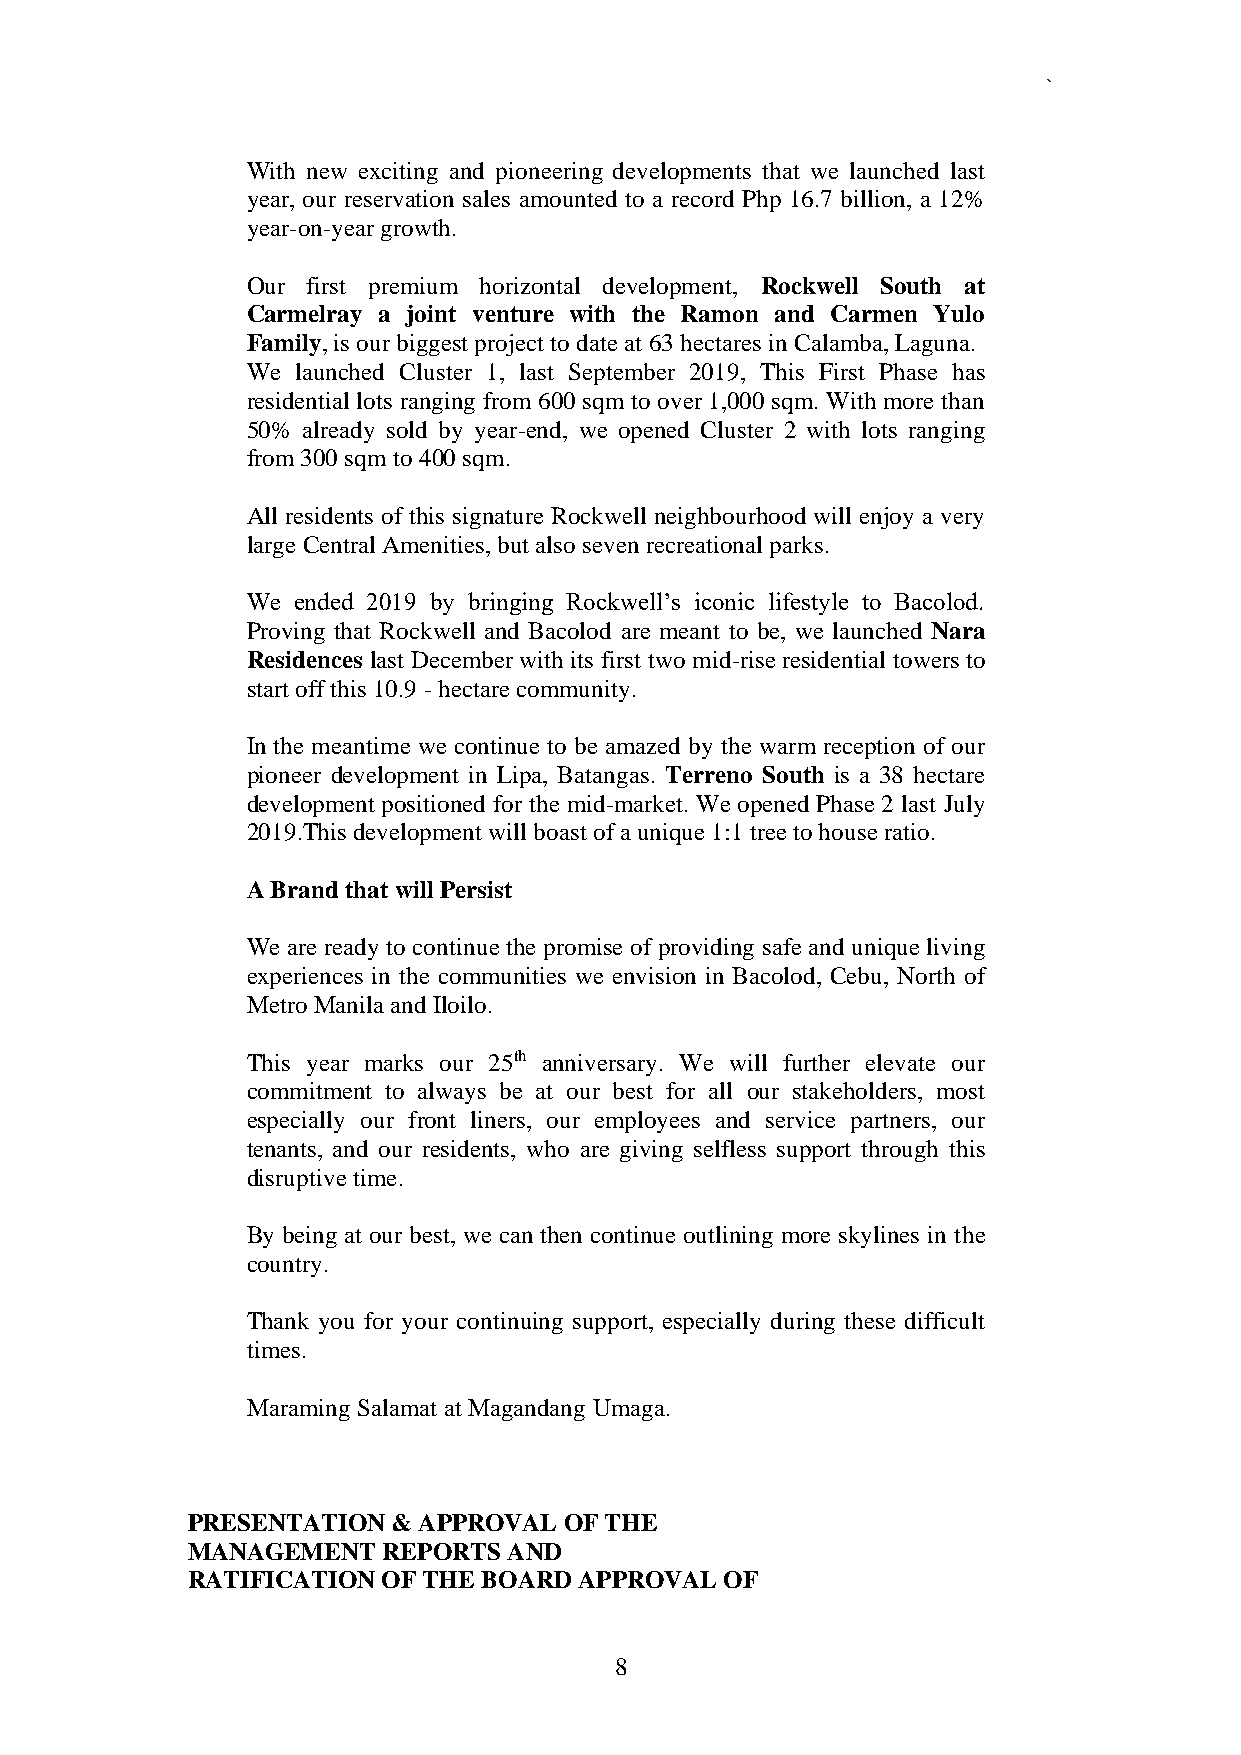
`
 With new exciting and pioneering developments that we launched last
 year, our reservation sales amounted to a record Php 16.7 billion, a 12%
 year-on-year growth.
 Our first premium horizontal development, Rockwell South at
 Carmelray a joint venture with the Ramon and Carmen Yulo
 Family, is our biggest project to date at 63 hectares in Calamba, Laguna.
 We  launched Cluster 1, last September 2019, This First Phase has
 residential lots ranging from 600 sqm to over 1,000 sqm. With more than
 50% already sold by year-end, we opened Cluster 2 with lots ranging
 from 300 sqm to 400 sqm.
 All residents of this signature Rockwell neighbourhood will enjoy a very
 large Central Amenities, but also seven recreational parks.
 We ended 2019 by bringing Rockwell’s iconic lifestyle to Bacolod.
 Proving that Rockwell and Bacolod are meant to be, we launched Nara
 Residences last December with its first two mid-rise residential towers to
 start off this 10.9 - hectare community.
 In the meantime we continue to be amazed by the warm reception of our
 pioneer development in Lipa, Batangas. Terreno South is a 38 hectare
 development positioned for the mid-market. We opened Phase 2 last July
 2019.This development will boast of a unique 1:1 tree to house ratio.
 A Brand that will Persist
 We are ready to continue the promise of providing safe and unique living
 experiences in the communities we envision in Bacolod, Cebu, North of
 Metro Manila and Iloilo.
 This year marks our 25th anniversary. We will further elevate our
 commitment to always be at our best for all our stakeholders, most
 especially our front liners, our employees and service partners, our
 tenants, and our residents, who are giving selfless support through this
 disruptive time.
 By being at our best, we can then continue outlining more skylines in the
 country.
 Thank you for your continuing support, especially during these difficult
 times.
 Maraming Salamat at Magandang Umaga.
 PRESENTATION  & APPROVAL OF THE
 MANAGEMENT   REPORTS  AND
 RATIFICATION OF THE BOARD APPROVAL  OF
 8